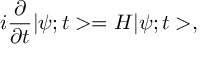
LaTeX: i \frac { \partial } { \partial t } | \psi ; t > = H | \psi ; t > ,